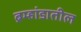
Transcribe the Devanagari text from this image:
ब्रम्हांडातील